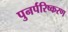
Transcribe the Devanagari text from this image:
पुनर्परिष्करण